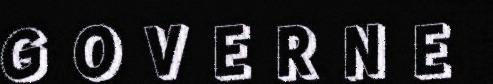
G O V E R N E